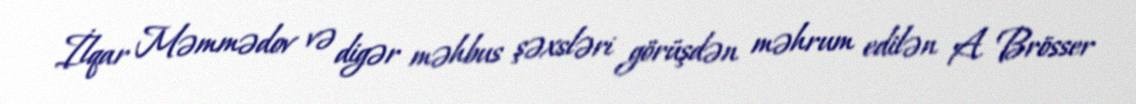
İlqar Məmmədov və digər məhbus şəxsləri görüşdən məhrum edilən A. Brösser